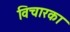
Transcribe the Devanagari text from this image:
विचारका